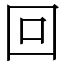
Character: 回